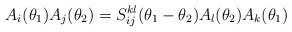
\begin{align*}A_i(\theta_1)A_j(\theta_2)=S^{kl}_{ij}(\theta_1-\theta_2)A_l(\theta_2)A_k(\theta_1)\end{align*}